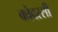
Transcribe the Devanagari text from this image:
कोदरसी